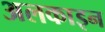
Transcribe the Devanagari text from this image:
अलकाइन